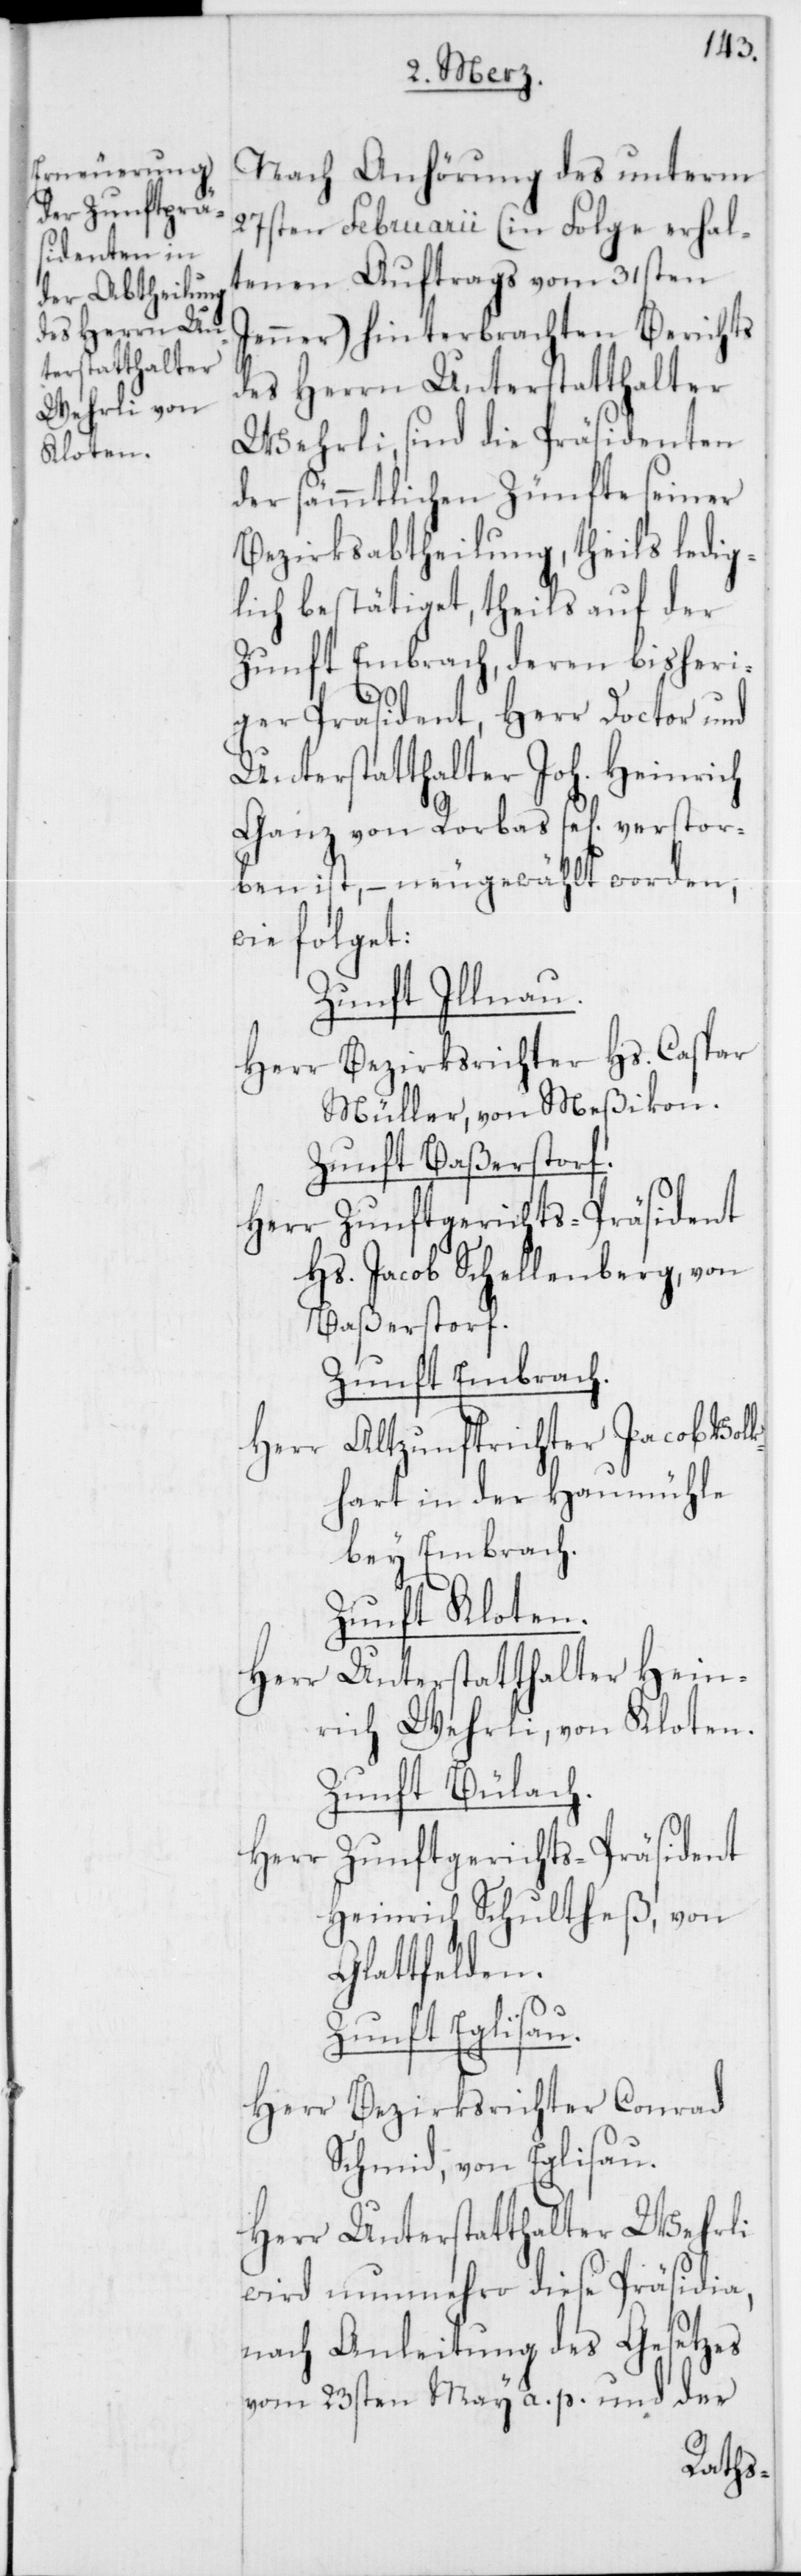
Nach Anhörung des unterm
27sten Februarii (in Folge erhal¬
tenen Auftrags vom 31sten
Jenner) hinterbrachten Berichts
des Herren Unterstatthalter
Wehrli, sind die Präsidenten
der sämmtlichen Zünfte seiner
Bezirksabtheilung, theils ledig¬
lich bestätiget, theils auf der
Zunft Embrach, deren bisheri¬
ger Präsident, Herr Doctor und
Unterstatthalter Joh. Heinrich
Ganz von Rorbas se[lig] verstor¬
ben ist, – neugewählt worden,
wie folget:
Zunft Illnau.
Herr Bezirksrichter Hs. Caspar
Müller, von Meßikon.
Zunft Baßerstorf.
Herr Zunftgerichts-Präsident
Hs. Jacob Schellenberg, von
Baßerstorf.
Zunft Embrach.
Altzunftrichter Jacob Volk¬
hart, in der Haumühle
bey Embrach.
Zunft Kloten.
Herr Unterstatthalter Hein¬
rich Wehrli, von Kloten.
Zunft Bülach.
Herr
Heinrich Schulthess, von
Glattfelden.
Zunft Eglisau.
Herr Bezirksrichter Conrad
Schmid, von Eglisau.
Herr Unterstatthalter Wehrli
wird nunmehro diese Präsidia,
nach Anleitung des Gesetzes
vom 23sten May a. p. und der